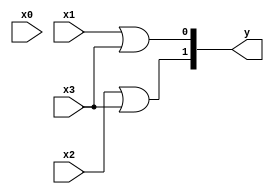
`timescale 1ns / 1ps
//////////////////////////////////////////////////////////////////////////////////
// Company: 
// Engineer: 
// 
// Design Name: 
// Module Name:    encoder 
// Project Name: 
// Target Devices: 
// Tool versions: 
// Description: 
//
// Dependencies: 
//
// Revision: 
// Revision 0.01 - File Created
// Additional Comments: 
//
//////////////////////////////////////////////////////////////////////////////////
module encoder4_2 ( x0 ,x1 ,x2 ,x3 ,y );

input x0,x1,x2,x3;
output [1:0]y ;

assign y[0] = x1 | x3;
assign y[1] = x2 | x3;

endmodule